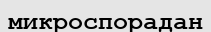
микроспорадан